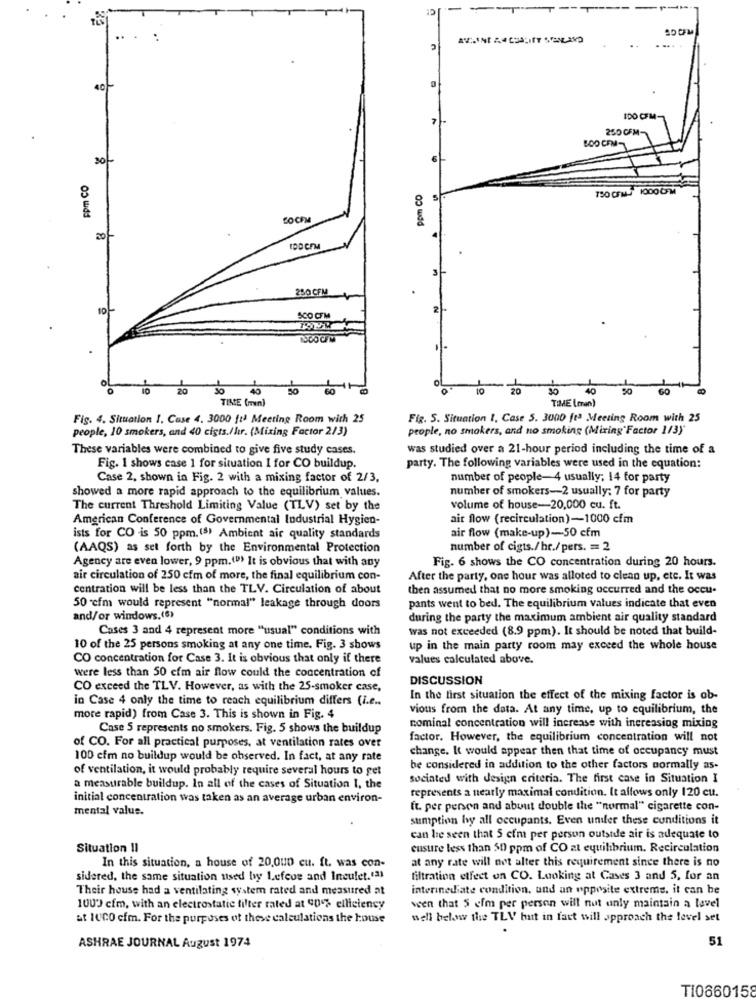
-
7
IDO CFM-
250 CFM-
BOO CFM-
FPm CO
ppm CO
750 CFM- 1000 0FM
LOCFM
250 CFM
SCO CFM
SOO CFM
OL
10 20
TIME (min)
TIME (man)
Fig. 4. Situation 1. Case 4. 3000 ft) Meeting Room with 25
Fig. S. Situation 1. Case 5. 3000 ftª Meeting Room with 25
people, 10 smokers, and 40 cists./hr. (Mixing Factor 2/3)
people, no smokers, and no smoking (Mixing"Factor 1/3)
These variables were combined to give five study cases.
was studied over a 21-hour period including the time of a
Fig. 1 shows case 1 for situation I for CO buildup.
party. The following variables were used in the equation:
Case 2, shown in Fig. 2 with a mixing factor of 2/3,
number of people-4 usually; 14 for party
showed a more rapid approach to the equilibrium values.
number of smokers-2 usually: 7 for party
The current Threshold Limiting Value (TLV) set by the
volume of house-20,000 cu. ft.
American Conference of Governmental Industrial Hygien-
air flow (recirculation)-1000 cfm
air flow (make-up)-50 cfm
ists for CO is 50 ppm. (5) Ambient air quality standards
(AAQS) as set forth by the Environmental Protection
number of cigts./hr./pers. = 2
Agency are even lower, 9 ppm. (") It is obvious that with any
Fig. 6 shows the CO concentration during 20 hours.
air circulation of 250 cfm of more, the final equilibrium con-
After the party, one hour was alloted to clean up, etc. It was
centration will be less than the TLV. Circulation of about
then assumed that no more smoking occurred and the occu-
50 cfm would represent "normal" leakage through doors
pants went to bed. The equilibrium values indicate that even
and/or windows.(6)
during the party the maximum ambient air quality standard
Cases 3 and 4 represent more "usual" conditions with
was not exceeded (8.9 ppm). It should be noted that build-
10 of the 25 persons smoking at any one time. Fig. 3 shows
up in the main party room may exceed the whole house
CO concentration for Case 3. It is obvious that only if there
values calculated above.
were less than 50 cfm air flow could the concentration of
DISCUSSION
CO exceed the TLV. However, as with the 25-smoker case,
in Case 4 only the time to reach equilibrium differs (i.e ..
In the first situation the effect of the mixing factor is ob-
vious from the data. At any time, up to equilibrium, the
more rapid) from Case 3. This is shown in Fig. 4
Case 5 represents no smokers. Fig. 5 shows the buildup
nominal concentration will increase with increasing mixing
factor. However, the equilibrium concentration will not
of CO. For all practical purposes, at ventilation rates over
change. It would appear then that time of occupancy must
100 cfm no buildup would be observed. In fact, at any rate
of ventilation, it would probably require several hours to get
be considered in addition to the other factors normally as-
sociated with design criteria. The first case in Situation I
a measurable buildup. In all of the cases of Situation I, the
represents a nearly maximal condition. It allows only 120 cu.
initial concentration was taken as an average urban environ-
mental value.
ft. per person and about double the "normal" cigarette con-
sumption by all occupants. Even under these conditions it
can be seen that 5 cfm per person outside air is adequate to
Situation !I
eusure less than 50 ppm of CO at equilibrium. Recirculation
at any rate will not alter this requirement since there is no
In this situation, a house of 20,000 cu. ft. was con-
sidered, the same situation used by Lefeos and Inculet."31
filtration etfect on CO. Looking at Cases 3 and 5, for an
Their house had a ventilating system rated and measured at
internediate condition, and an opposite extreme. it can be
1000 cfm, with an electrostatic filter rated at 90% efficiency
wen that 5 efm per person will not only maintain a level
at 1000 cfm. For the purposes of these calculations the house
well below the TLV hut in fact will approach the level set
51
ASHRAE JOURNAL August 1974
TI0860158